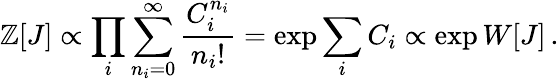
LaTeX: \mathbb{Z}[J]\propto\prod_{i}{\sum_{n_{i}=0}^{\infty}{\frac{{C_{i}^{n_{i}}}}{{n_{i}!}}}}=\exp{\sum_{i}{C_{i}}}\propto\exp{W[J]}\, .